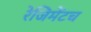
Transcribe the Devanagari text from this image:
रेजिमेंटच